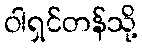
ဝါရှင်တန်သို့